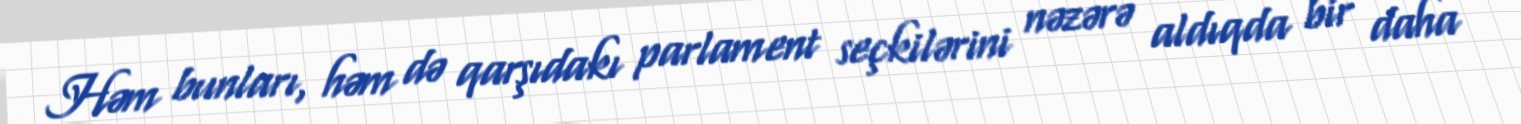
Həm bunları, həm də qarşıdakı parlament seçkilərini nəzərə aldıqda bir daha